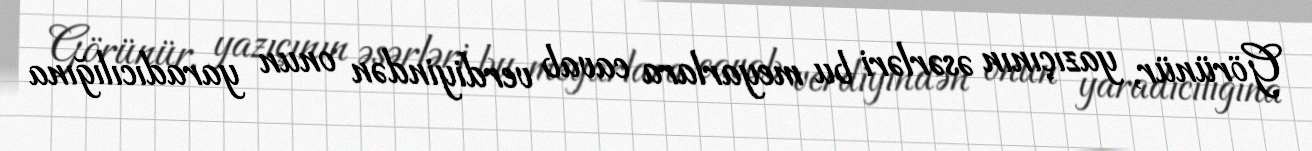
Görünür, yazıçının əsərləri bu meyarlara cavab verdiyindən onun yaradıcılığına